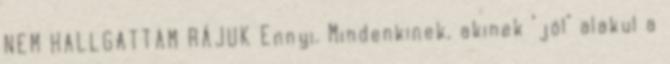
NEM HALLGATTAM RÁJUK Ennyi. Mindenkinek, akinek "jól" alakul a